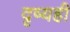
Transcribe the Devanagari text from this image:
दृष्यही